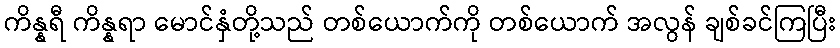
ကိန္နရီ ကိန္နရာ မောင်နှံတို့သည် တစ်ယောက်ကို တစ်ယောက် အလွန် ချစ်ခင်ကြပြီး